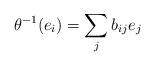
LaTeX: \begin{align*} \theta^{-1}(e_i)=\sum_j b_{ij}e_j\end{align*}